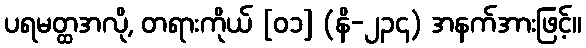
ပရမတ္ထအလို, တရားကိုယ် [၀၁] (နိ-၂၃၄) အနက်အားဖြင့်။